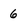
Character: 6